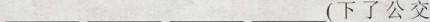
___ ___ ___ ___(下了公交